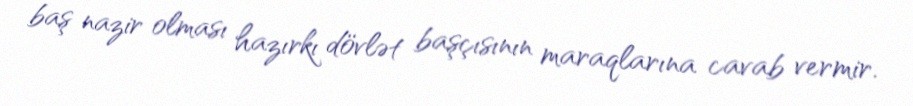
baş nazir olması hazırkı dövlət başçısının maraqlarına cavab vermir.